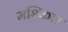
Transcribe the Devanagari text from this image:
मश्किल